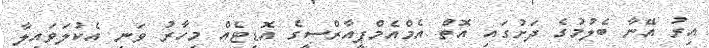
އިރު އޭނާ ބެލުމުގެ ދަށުގައި އޮތް އެމްއެމްޕީއާރްސީގެ އޮޑިޓެއް މިހާރު ވަނީ އެކުލަވައިލާ